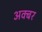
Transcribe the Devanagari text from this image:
अक्बर